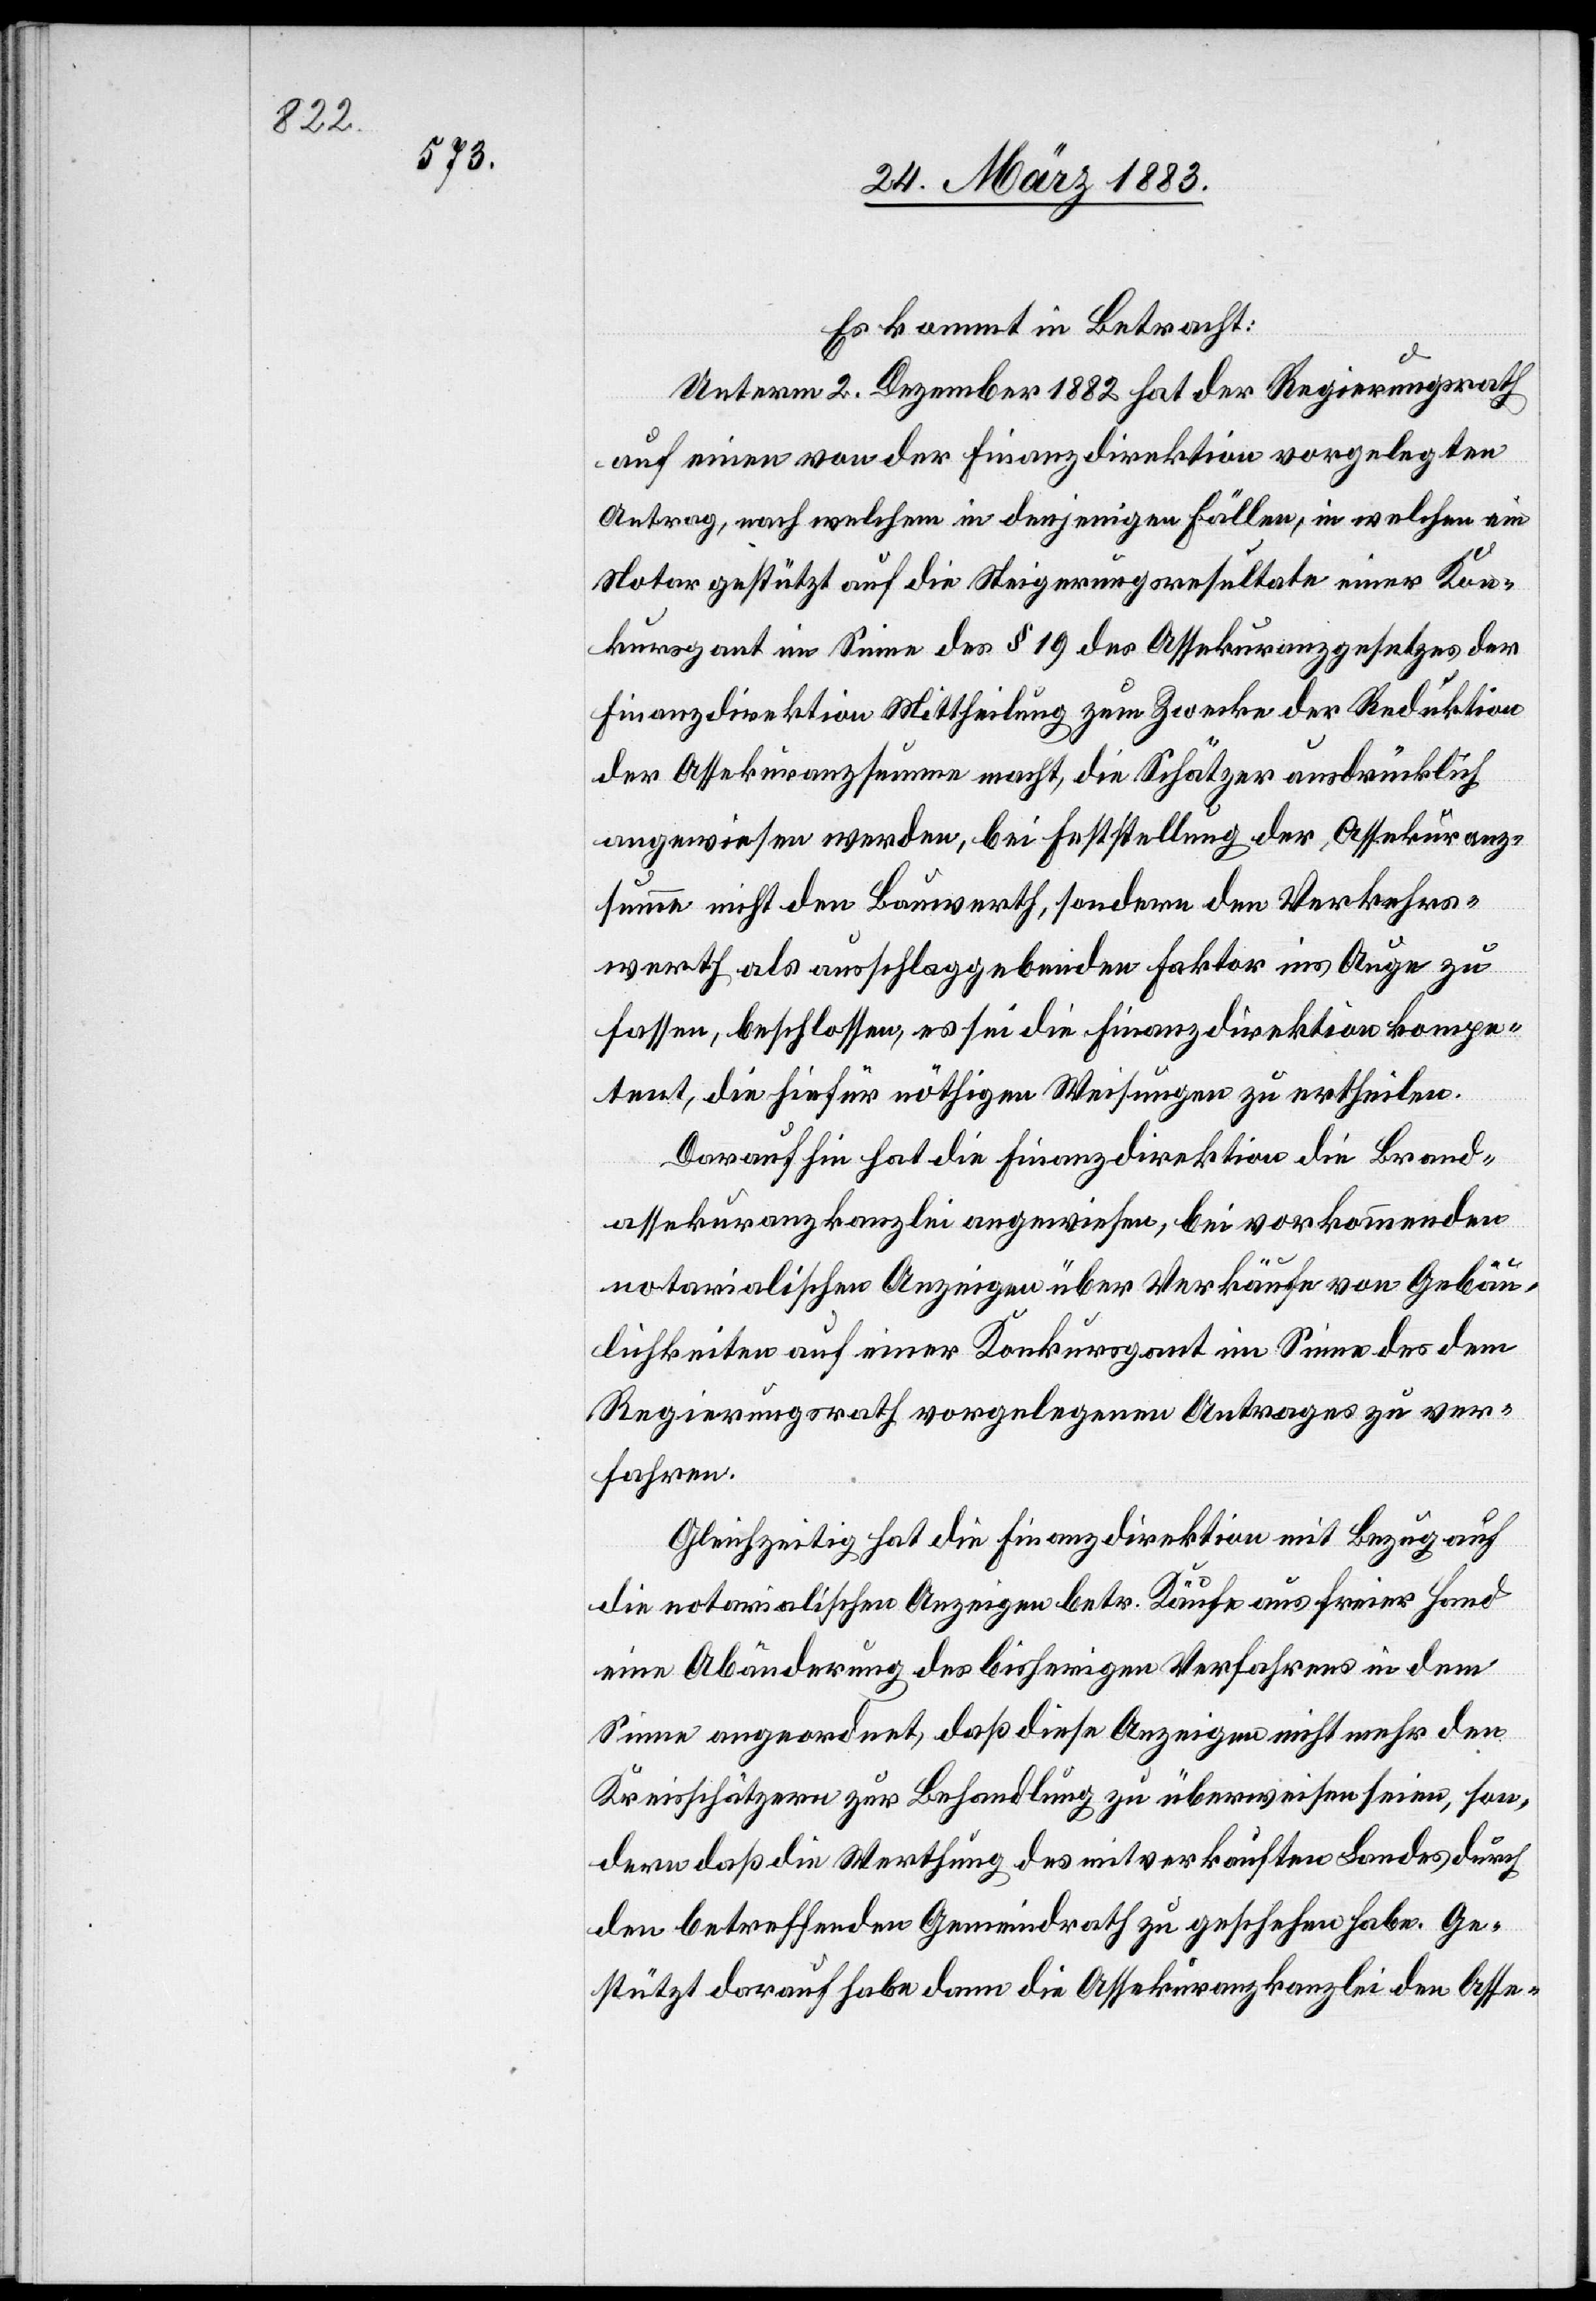
Es kommt in Betracht:
Unterm 2. Dezember 1882 hat der Regierungsrath
auf einen von der Finanzdirektion vorgelegten
Antrag, nach welchem in denjenigen Fällen, in welchen ein
Notar gestützt auf die Steigerungsresultate einer Kon¬
kursgant im Sinne des § 19 des Assekuranzgesetzes der
Finanzdirektion Mittheilung zum Zwecke der Reduktion
der Assekuranzsumme macht, die Schätzer ausdrücklich
angewiesen werden, bei Feststellung der Assekuranz¬
summe nicht den Bauwerth, sondern den Verkehrs¬
werth als ausschlaggebenden Faktor ins Auge zu
fassen, beschlossen, es sei die Finanzdirektion kompe¬
tent, die hiefür nöthigen Weisungen zu ertheilen.
Darauf hin hat die Finanzdirektion die Brand¬
assekuranzkanzlei angewiesen, bei vorkommenden
notarialischen Anzeigen über Verkäufe von Gebäu¬
lichkeiten auf einer Konkursgant im Sinne des dem
Regierungsrath vorgelegenen Antrages zu ver¬
fahren.
Gleichzeitig hat die Finanzdirektion mit Bezug auf
die notarialischen Anzeigen betr. Käufe aus freier Hand
eine Abänderung des bisherigen Verfahrens in dem
Sinne angeordnet, daß diese Anzeige nicht mehr den
Kreisschätzern zur Behandlung zu überweisen seien, son¬
dern daß die Werthung des mitverkauften Landes durch
den betreffenden Gemeindrath zu geschehen habe. Ge¬
stützt darauf habe dann die Assekuranzkanzlei den Asse-